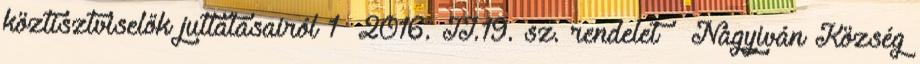
köztisztviselők juttatásairól 1 2016. II.19. sz. rendelet – Nagyiván Község